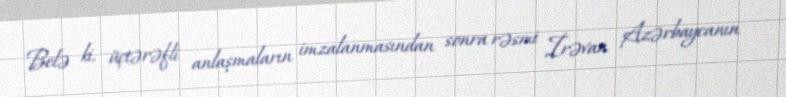
Belə ki, üçtərəfli anlaşmaların imzalanmasından sonra rəsmi İrəvan Azərbaycanın